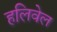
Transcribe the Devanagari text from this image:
हलिवेल